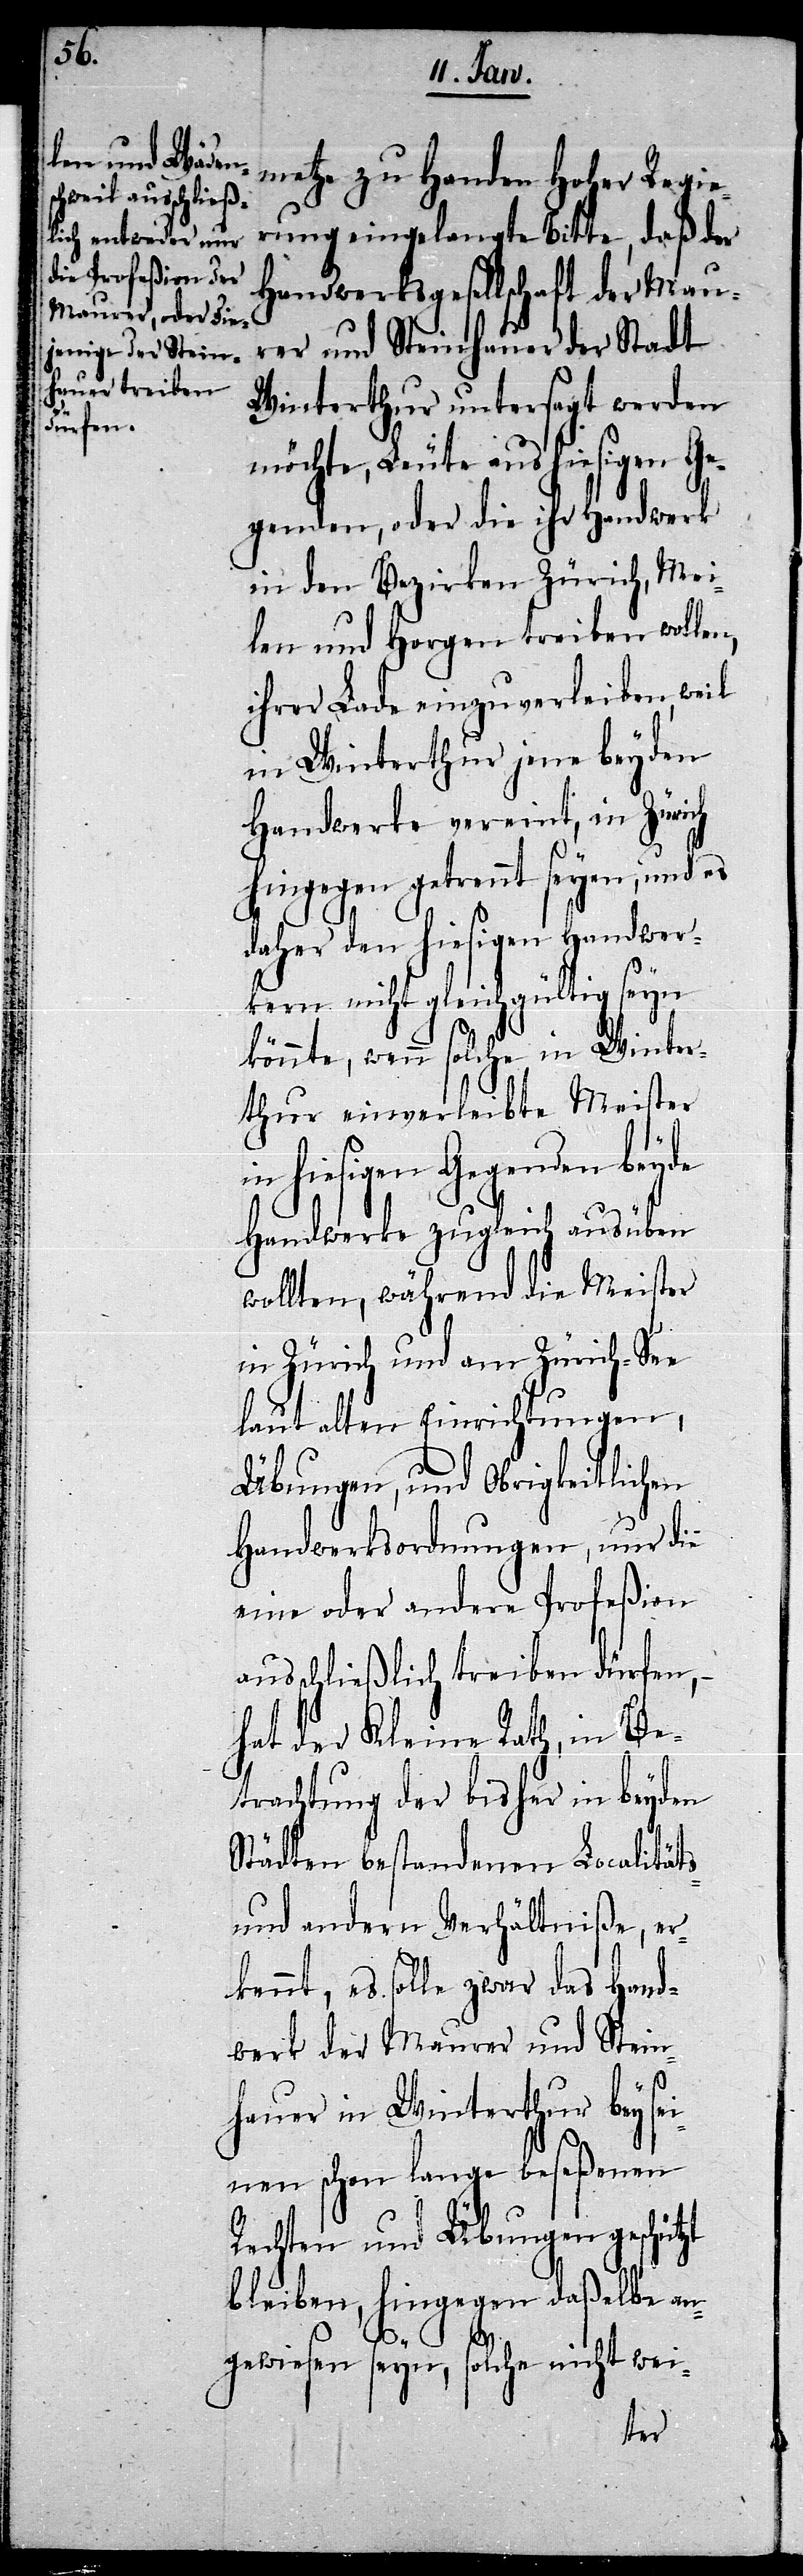
metze zu Handen Hoher Regie¬
rung eingelangte Bitte, daß der
Handwerksgesellschaft der Mau¬
rer und Steinhauer der Stadt
Winterthur untersagt werden
möchte, Leute aus hiesigen Ge¬
genden, oder die ihr Handwerk
in den Bezirken Zürich, Mei¬
len und Horgen treiben wollen,
ihrer Lade einzuverleiben, weil
in Winterthur jene beyden
Handwerke vereint, in Zürich
hingegen getrennt seyen, und es
daher den hiesigen Handwer¬
kern nicht gleichgültig seyn
könnte, wenn solche in Winter¬
thur einverleibte Meister
in hiesigen Gegenden beyde
Handwerke zugleich ausüben
wollten, während die Meister
in Zürich und am Zürich-See
laut alten Einrichtungen,
Übungen, und Obrigkeitlichen
Handwerksordnungen, nur die
eine oder andere Profeßion
ausschließlich treiben dürfen, –
hat der Kleine Rath, in Be¬
trachtung der bisher in beyden
Städten bestandenen Localitäts-
und andern Verhältniße, er¬
kennt, es solle zwar das Hand¬
werk der Maurer und Stein¬
hauer in Winterthur bey sei¬
nen schon lange beseßenen
Rechten und Übungen geschützt
bleiben, hingegen daßelbe an¬
gewiesen seyn, solche nicht wei-